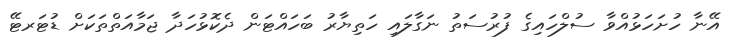
އޭނާ ހުށަހަޅުއްވާ ސުލްހައިގެ ފުރުސަތު ނަގާލައި ހަތިޔާރު ބަހައްޓަން ދެކޮޅުހަދާ ޖަމާއަތްތަކަށް ޑުޓަރޓޭ